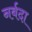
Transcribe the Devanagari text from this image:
नर्बदा